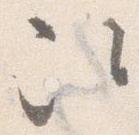
次